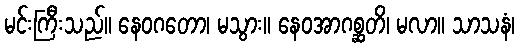
မင်းကြီးသည်။ နေဝဂတော၊ မသွား။ နေဝအာဂစ္ဆတိ၊ မလာ။ သာသနံ၊